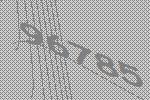
96785